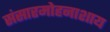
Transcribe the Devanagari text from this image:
संसारमोहनाशाय